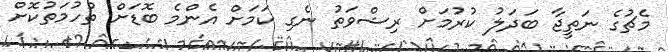
މެޗުގެ ނަތީޖާ ބަދަލު ކުރުމަށް ރިޝްވަތު ނެގި ކަމަށް އެންމެ ބޮޑަށް ތުހުމަތުކޮށް